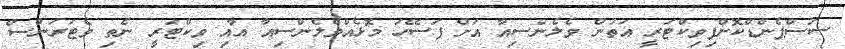
ސަސްޕެންޑްކޮށްފިވިކްޓަރީ އަތުން ވެލެންސިއާ އަށް ފަސޭހަ މޮޅެއްވެލެންސިއާ އާއި ވިކްޓަރީ ނެތި ވެޓަރަންސް